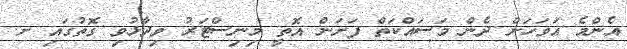
އެންމެ އަވަހަށް ދެން މަސައްކަތް ފަށަން އޮތީ މިނިސްޓަރު ވިދާޅުވި ގޮތުގައި ށ.